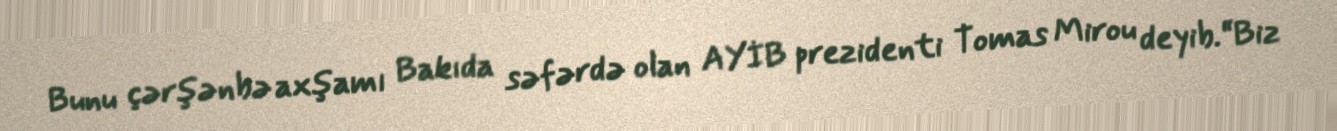
Bunu çərşənbə axşamı Bakıda səfərdə olan AYİB prezidenti Tomas Mirou deyib.“Biz